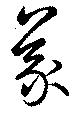
義